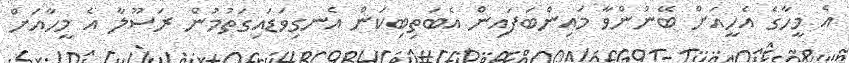
އެ މީހާގެ އެހީއަށް ބޭނުންވާ މައިންބަފައިން އެބަތިބިކަން އެނގިވަޑައިގަތުމުން ރަސޫލާ އެ މީހާއަށް